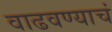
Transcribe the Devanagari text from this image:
वाढवण्याचं